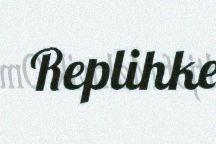
Replihke